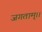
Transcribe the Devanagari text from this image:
जगताम्।।